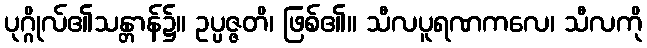
ပုဂ္ဂိုလ်၏သန္တာန်၌။ ဥပ္ပဇ္ဇတိ၊ ဖြစ်၏။ သီလပူရဏကလေ၊ သီလကို